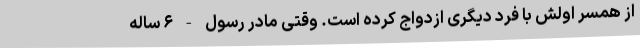
از همسر اولش با فرد دیگری ازدواج کرده است. وقتی مادر رسول - ۶ ساله